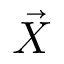
\vec { X }